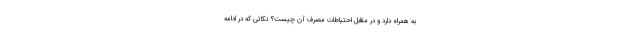
به همراه دارد و در مقابل احتياطات مصرف آن چیست؟ نکاتی که در ادامه